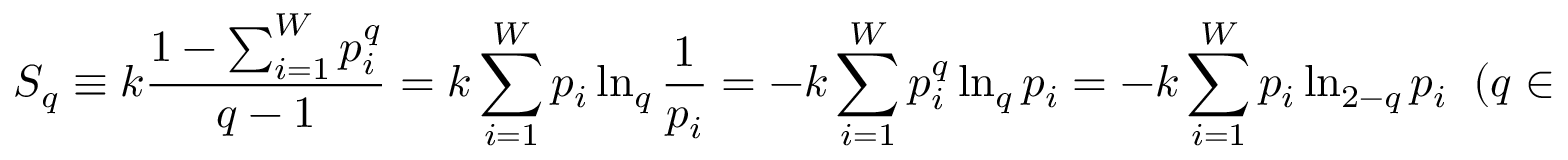
S _ { q } \equiv k \frac { 1 - \sum _ { i = 1 } ^ { W } p _ { i } ^ { q } } { q - 1 } = k \sum _ { i = 1 } ^ { W } p _ { i } \ln _ { q } \frac { 1 } { p _ { i } } = - k \sum _ { i = 1 } ^ { W } p _ { i } ^ { q } \ln _ { q } p _ { i } = - k \sum _ { i = 1 } ^ { W } p _ { i } \ln _ { 2 - q } p _ { i } \; \; ( q \in \mathbb { R } ; S _ { 1 } = S _ { B G } ) \, ,